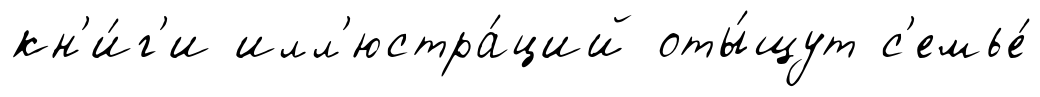
кн'и́г'и илл'юстра́ций оты́щут с'емье́